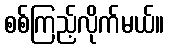
စစ်ကြည့်လိုက်မယ်။